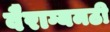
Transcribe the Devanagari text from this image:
वैराग्यमठी